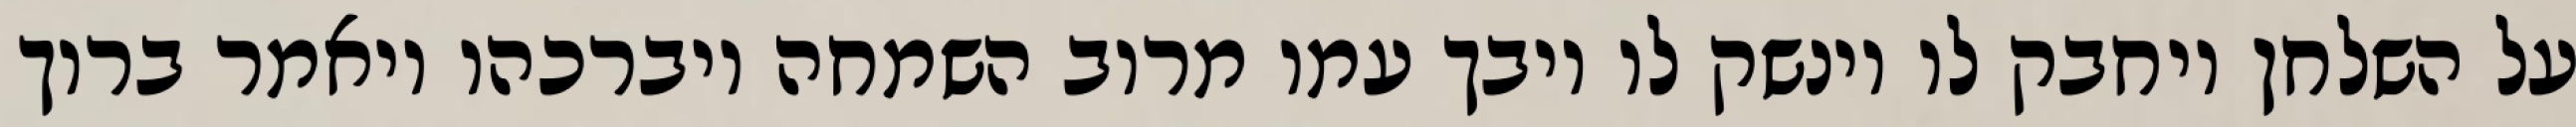
על השלחן ויחבק לו וינשק לו ויבך עמו מרוב השמחה ויברכהו ויאמר ברוך